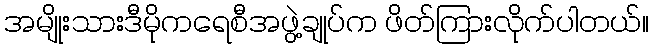
အမျိုးသားဒီမိုကရေစီအဖွဲ့ချုပ်က ဖိတ်ကြားလိုက်ပါတယ်။